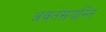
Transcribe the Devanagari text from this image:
अवतंसयन्ति